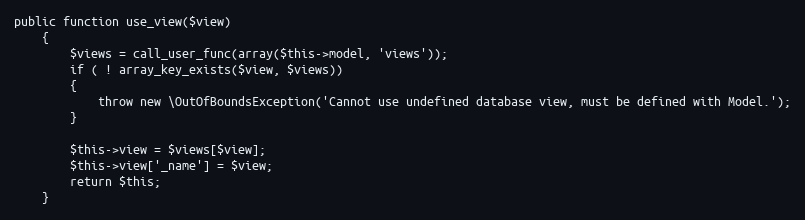
Language: PHP
public function use_view($view)
	{
		$views = call_user_func(array($this->model, 'views'));
		if ( ! array_key_exists($view, $views))
		{
			throw new \OutOfBoundsException('Cannot use undefined database view, must be defined with Model.');
		}

		$this->view = $views[$view];
		$this->view['_name'] = $view;
		return $this;
	}